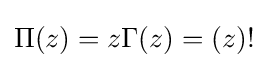
\Pi (z)=z\Gamma (z)=(z)!